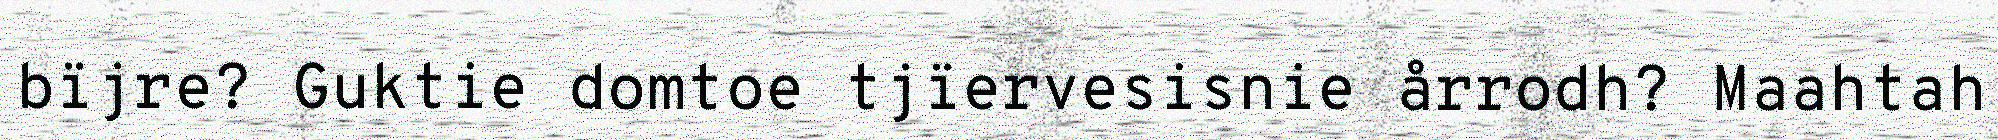
bïjre? Guktie domtoe tjïervesisnie årrodh? Maahtah